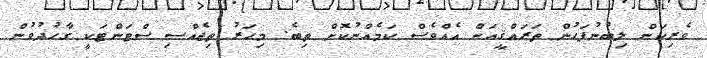
ވެރިކަން ލިބުނުފަހުން ތަރައްޤީއަށް އެއްވެސް ކަމެއްނުކޮށް ތިބެ. މިހަރު ތިޖެއްސި ސްޓަންޓަކީ ގާހުދުވުން